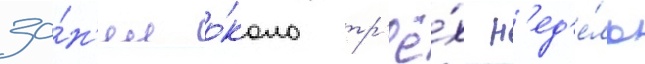
за́н'ял о́коло тр'ё́х н'ед'е́ль